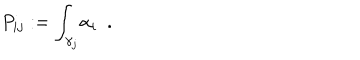
LaTeX: { P _ { i j } } : = { \int _ { \gamma _ { j } } } { \alpha _ { i } } \, \, \, .